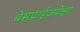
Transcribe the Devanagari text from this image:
बेसप्राईजपेक्षा